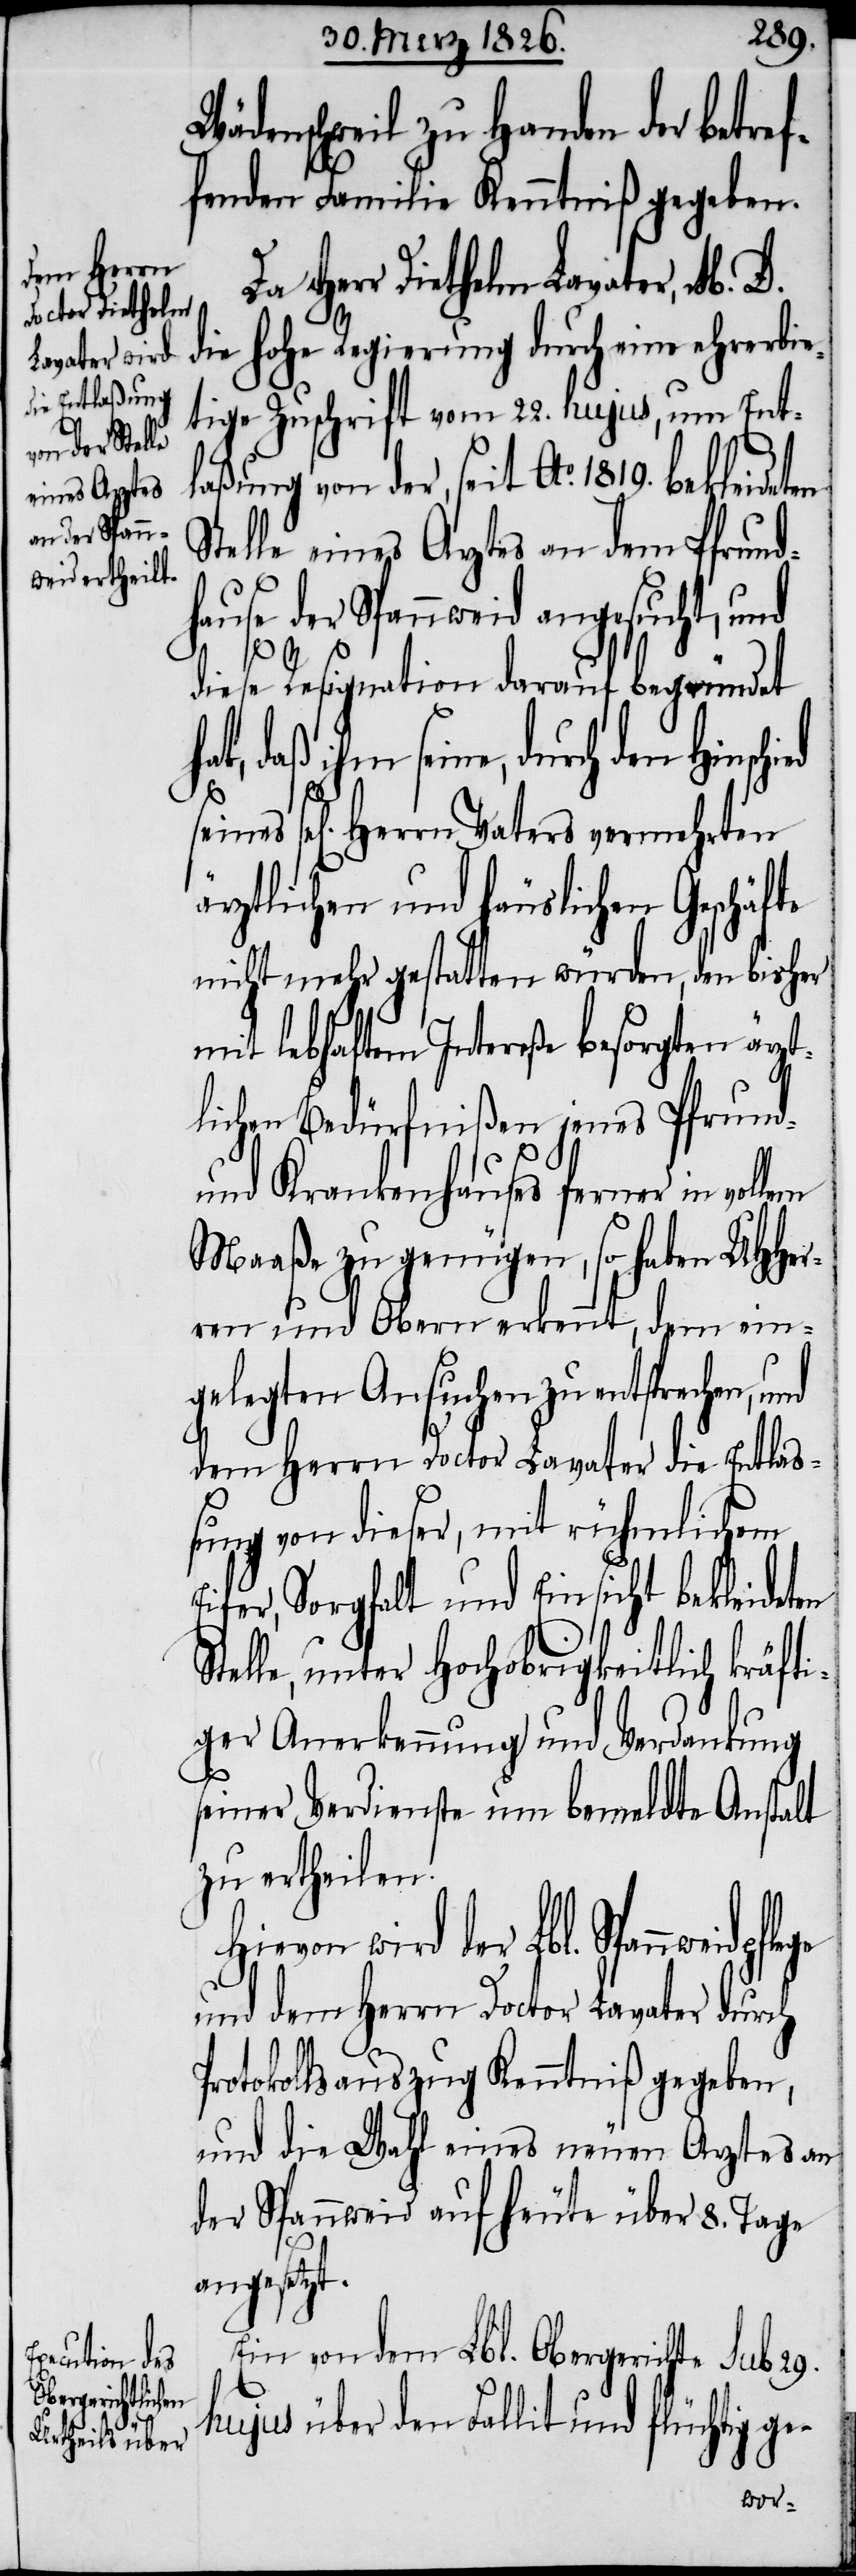
Wädenschweil zu Handen der betre¬
ffenden Familie Kenntniß gegeben.
Herr Diethelm Lavater, M. D.
die hohe Regierung durch eine
tige Zuschrift vom 22. hujus, um Ent¬
weidpflege
laßung von der, seit Ao. 1819. bekleideten
Stelle eines Arztes an dem Pfrund¬
hause der Spannweid angesucht, und
diese Resignation darauf begründet
den Hinschied seines
sel[igen] Herrn Vaters vermehrten
ärztlichen und häuslichen Geschäfte
nicht mehr gestatten würden, den bisher
mit lebhaftem Intereße besorgten ärz¬
tlichen Bedürfnißen jenes Pfrund-
und Krankenhauses ferner in
Maaße zu genügen, so haben UHHer¬
ren und Obern erkennt, dem ein¬
gelegten Ansuchen zu entsprechen,
dem Herrn Doctor Lavater die Entlaß¬
ung von dieser, mit rühmlichem
ifer, Sorgfalt und Einsicht bekleideten
Stelle, unter Hochobrigkeitlich kräfti¬
ger Anerkennung und Verdankung
seiner Verdienste um bemeldte Anstalt
zu ertheilen.
Hievon wird der Lbl. Spann¬
und dem Herrn Doctor Lavater durch
Protokollsauszug Kenntniß gegeben,
und die Wahl eines neuen Arztes an
der Spannweid auf heute über 8. Tage
angesetzt.
Ein von dem Lbl. Obergerichte sub 29.
hujus über den Fallit und flüchtig ge-
E¬